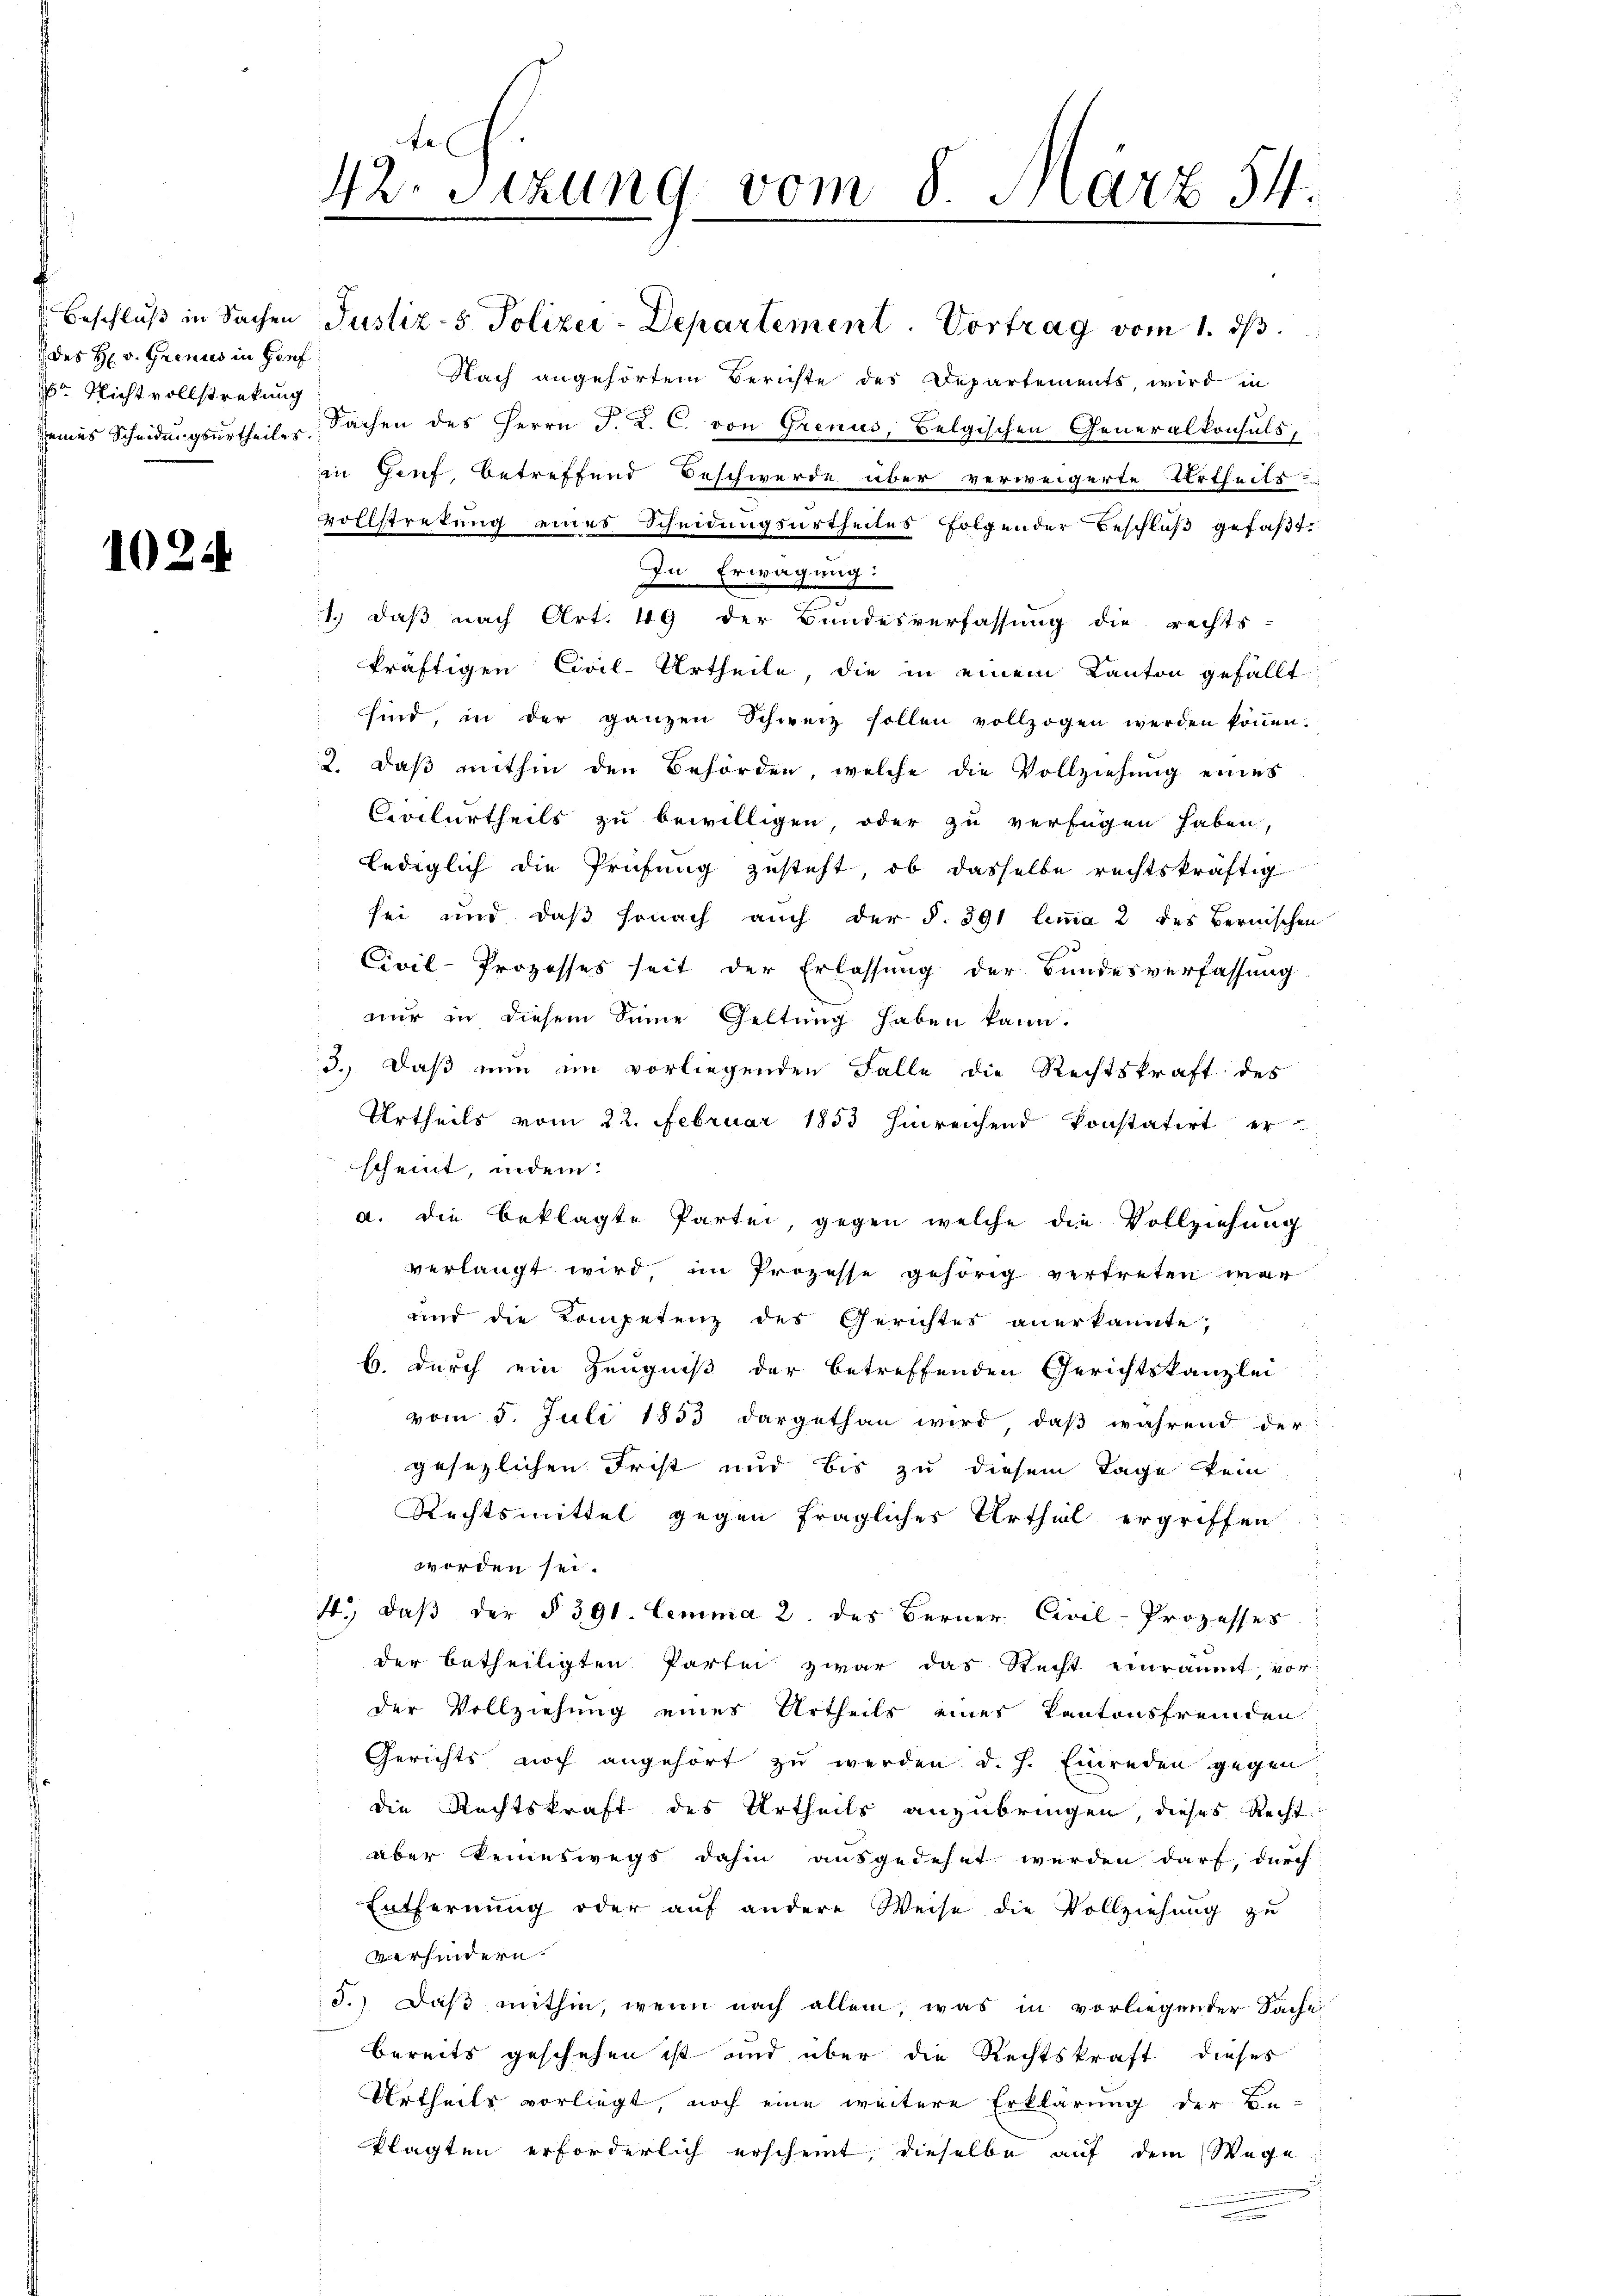
des H. v. Grenis in Genf
 Nichtvollstreckung

1024

42. Sizung vom 8. März 54.
.

Beschluß in Sachen Justiz- & Polizei-Departement. Vortrag vom 1. Js.
Nach angehörtem Berichte des Departements, wird in
eies Scheidungsurtheile Sachen des Herrn J. L. C. von Grenus, Belgischen Generalkonsuls,
in Genf, betreffend Beschwerde über verweigerte Urtheils-
vollstretung eines Scheidungsurtheiles folgender Beschlŭβ gefaßt.
In Erwägung:
2
1.) daß nach Art. 49 der Bundesverfassung die rechts-
kräftigen Civil-Urtheile, die in einem Kanton gefällt
sind, in der ganzen Schweiz sollen vollzogen werden können.
2. daß mithin den Behörden, welche die Vollziehung eines
Civilurtheils zu bewilligen, oder zu verfügen haben,
lediglich die Prüfung zusteht, ob dasselbe rechtskräftig
sei und daß sonach auch der §. 391 lemma 2 des Bernischen
Civil-Prozesses seit der Erlassung der Bundesverfassung
nur in diesem Sinne Geltung haben kann.
3.) Daß nun im vorliegenden Falle die Rechtskraft des
Urtheils vom 22. Februar 1853 hinreichend konstatirt er
scheint, indem:
a. die beklagte Partei, gegen welche die Vollziehung
verlangt wird, im Prozesse gehörig vertreten war
und die Kompetenz des Gerichtes anerkannte,
b. durch ein Zeugniß der betreffenden Gerichtskanzlei
vom 5. Juli 1853 dargethan wird, daß während der
gesezlichen Frist und bis zu diesem Tage kein
Rechtsmittel gegen fragliches Urthel ergriffen
worden sei.
4., daß der § 391. Lemma 2 des Berner Civil-Prozesses
der betheiligten Partei zwar das Recht einräumt, vorder Vollziehung eines Urtheils eines Kantonsfremden
Gerichts noch angehört zu werden. d. h. Einreden gegen
die Rechtskraft des Urtheils anzubringen, dieses Recht
aber keineswegs dahin ausgedehnt werden darf, durch
Entfernŭng oder aŭf andere Weise die Vollziehŭng zu
verhindern.
3.) Daß mithin, wenn nach allem, was in vorliegender Sache
bereits geschehen ist und über die Rechtskraft dieses
Urtheils vorliegt, noch eine weitere Erklärung der Be-
Plagten erforderlich erscheint, dieselbe auf dem Wege